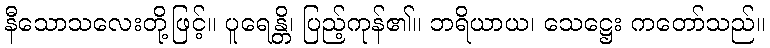
နီသောသလေးတို့ဖြင့်။ ပူရေန္တိ၊ ပြည့်ကုန်၏။ ဘရိယာယ၊ သေဋ္ဌေး ကတော်သည်။